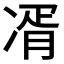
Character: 𭂘